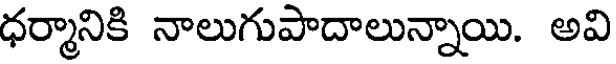
ధర్మానికి నాలుగుపాదాలున్నాయి. అవి